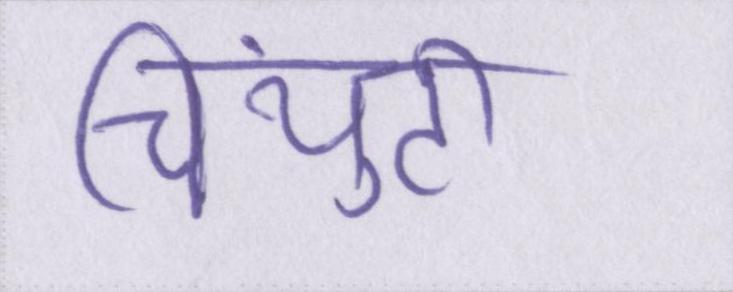
चिंयुटी